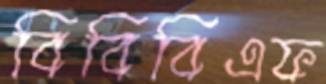
বিবিবিএফ